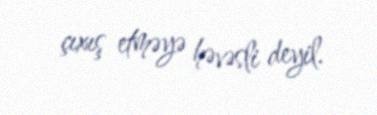
çıxış etməyə həvəsli deyil.